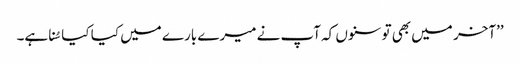
’’آخر میں بھی تو سنوں کہ آپ نے میرے بارے میں کیا کیا سُنا ہے۔